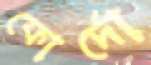
ফোর্দো